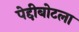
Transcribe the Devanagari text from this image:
पेद्दीबोटला